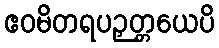
ဧဝမိတရပဉှတ္တယေပိ